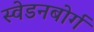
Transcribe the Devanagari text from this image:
स्वेडनबोर्ग